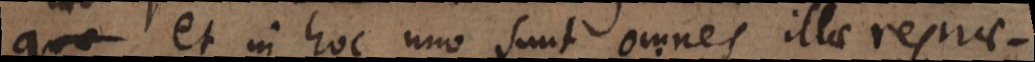
quae et in hoc uno sunt omnes illae reprae